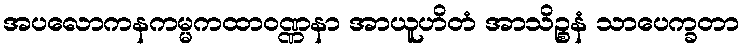
အပလောကနကမ္မကထာဝဏ္ဏနာ အာယူဟိတံ အာသိဉ္စနံ သာပေက္ခတာ